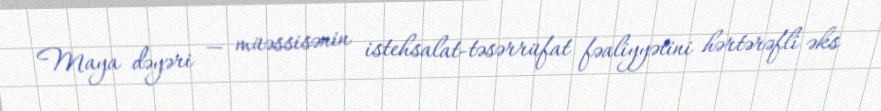
Maya dəyəri — müəssisənin istehsalat-təsərrüfat fəaliyyətini hərtərəfli əks